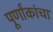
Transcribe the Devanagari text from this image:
पूर्णांकांचा